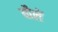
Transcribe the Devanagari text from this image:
यौलें